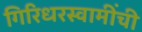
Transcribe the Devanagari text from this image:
गिरिधरस्वामींची